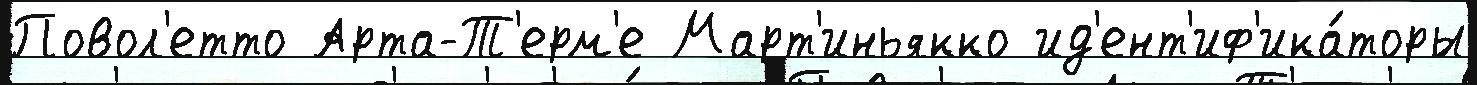
Повол'етто Арта-Т'ерм'е Март'иньякко ид'ент'иф'ика́торы